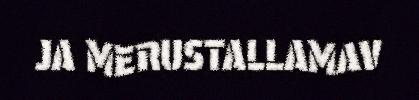
JA MERUSTALLAMAV